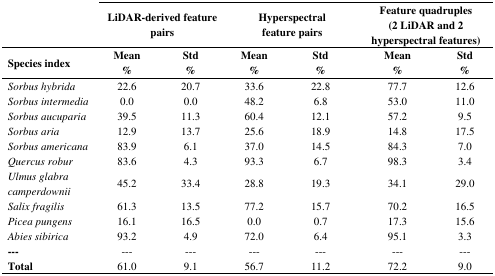
<table><thead><tr><td></td><td colspan="2"><b>LiDAR-derived feature pairs</b></td><td colspan="2"><b>Hyperspectral feature pairs</b></td><td colspan="2"><b>Feature quadruples (2 LiDAR and 2 hyperspectral features)</b></td></tr><tr><td><b>Species index</b></td><td><b>Mean %</b></td><td><b>Std %</b></td><td><b>Mean %</b></td><td><b>Std %</b></td><td><b>Mean %</b></td><td><b>Std %</b></td></tr></thead><tbody><tr><td><i>Sorbus hybrida</i></td><td>22.6</td><td>20.7</td><td>33.6</td><td>22.8</td><td>77.7</td><td>12.6</td></tr><tr><td><i>Sorbus intermedia</i></td><td>0.0</td><td>0.0</td><td>48.2</td><td>6.8</td><td>53.0</td><td>11.0</td></tr><tr><td><i>Sorbus aucuparia</i></td><td>39.5</td><td>11.3</td><td>60.4</td><td>12.1</td><td>57.2</td><td>9.5</td></tr><tr><td><i>Sorbus aria</i></td><td>12.9</td><td>13.7</td><td>25.6</td><td>18.9</td><td>14.8</td><td>17.5</td></tr><tr><td><i>Sorbus americana</i></td><td>83.9</td><td>6.1</td><td>37.0</td><td>14.5</td><td>84.3</td><td>7.0</td></tr><tr><td><i>Quercus robur</i></td><td>83.6</td><td>4.3</td><td>93.3</td><td>6.7</td><td>98.3</td><td>3.4</td></tr><tr><td><i>Ulmus glabra camperdownii</i></td><td>45.2</td><td>33.4</td><td>28.8</td><td>19.3</td><td>34.1</td><td>29.0</td></tr><tr><td><i>Salix fragilis</i></td><td>61.3</td><td>13.5</td><td>77.2</td><td>15.7</td><td>70.2</td><td>16.5</td></tr><tr><td><i>Picea pungens</i></td><td>16.1</td><td>16.5</td><td>0.0</td><td>0.7</td><td>17.3</td><td>15.6</td></tr><tr><td><i>Abies sibirica</i></td><td>93.2</td><td>4.9</td><td>72.0</td><td>6.4</td><td>95.1</td><td>3.3</td></tr><tr><td>---</td><td>---</td><td>---</td><td>---</td><td>---</td><td>---</td><td>---</td></tr><tr><td><b>Total</b></td><td>61.0</td><td>9.1</td><td>56.7</td><td>11.2</td><td>72.2</td><td>9.0</td></tr></tbody></table>